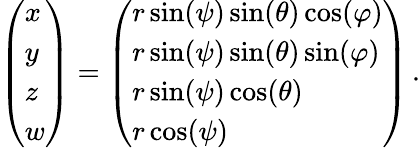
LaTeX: \left(\begin{array}{l}{x}\\ {y}\\ {z}\\ {w}\end{array}\right)=\left(\begin{array}{l}{r\sin(\psi)\sin(\theta)\cos(\varphi)}\\ {r\sin(\psi)\sin(\theta)\sin(\varphi)}\\ {r\sin(\psi)\cos(\theta)}\\ {r\cos(\psi)}\end{array}\right)\, .